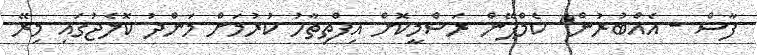
ފާސް - އެއްބުރުން" ކެމްޕޭން ރަސްމީކޮށް އިފްތިތާހު ކުރުމަށް މަންދު ކޮލެޖުގައި މިރޭ